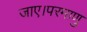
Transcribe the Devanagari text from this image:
जाए।परमाणु